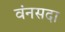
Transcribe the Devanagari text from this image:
वंनसदा